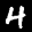
Label: 4